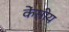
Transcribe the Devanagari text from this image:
केंसीय